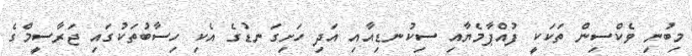
މިބުނި ވެކްސިން ތަކަކީ ފުއްޕާމެޔާއި ސިކުނޑިއާއި އަދި ހަށިގަނޑުގެ އެކި ހިސާބުތަކުގައި ޖަރާސީމްގެ